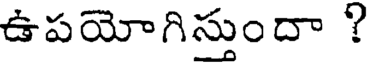
ఉపయోగిస్తుందా ?